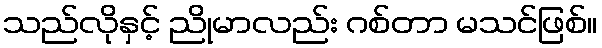
သည်လိုနှင့် ညိုမာလည်း ဂစ်တာ မသင်ဖြစ်။